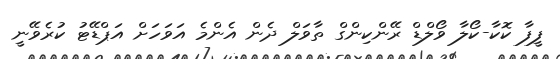
ފީފާ ކޮކާ-ކޯލާ ވޯލްޑް ރޭންކިންގް ތާވަލް ދެން އެންމެ އަވަހަށް އަޕްޑޭޓު ކުރެވޭނީ